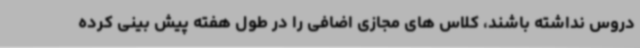
دروس نداشته باشند، کلاس های مجازی اضافی را در طول هفته پیش بینی کرده